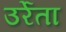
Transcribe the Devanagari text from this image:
उर्रेता